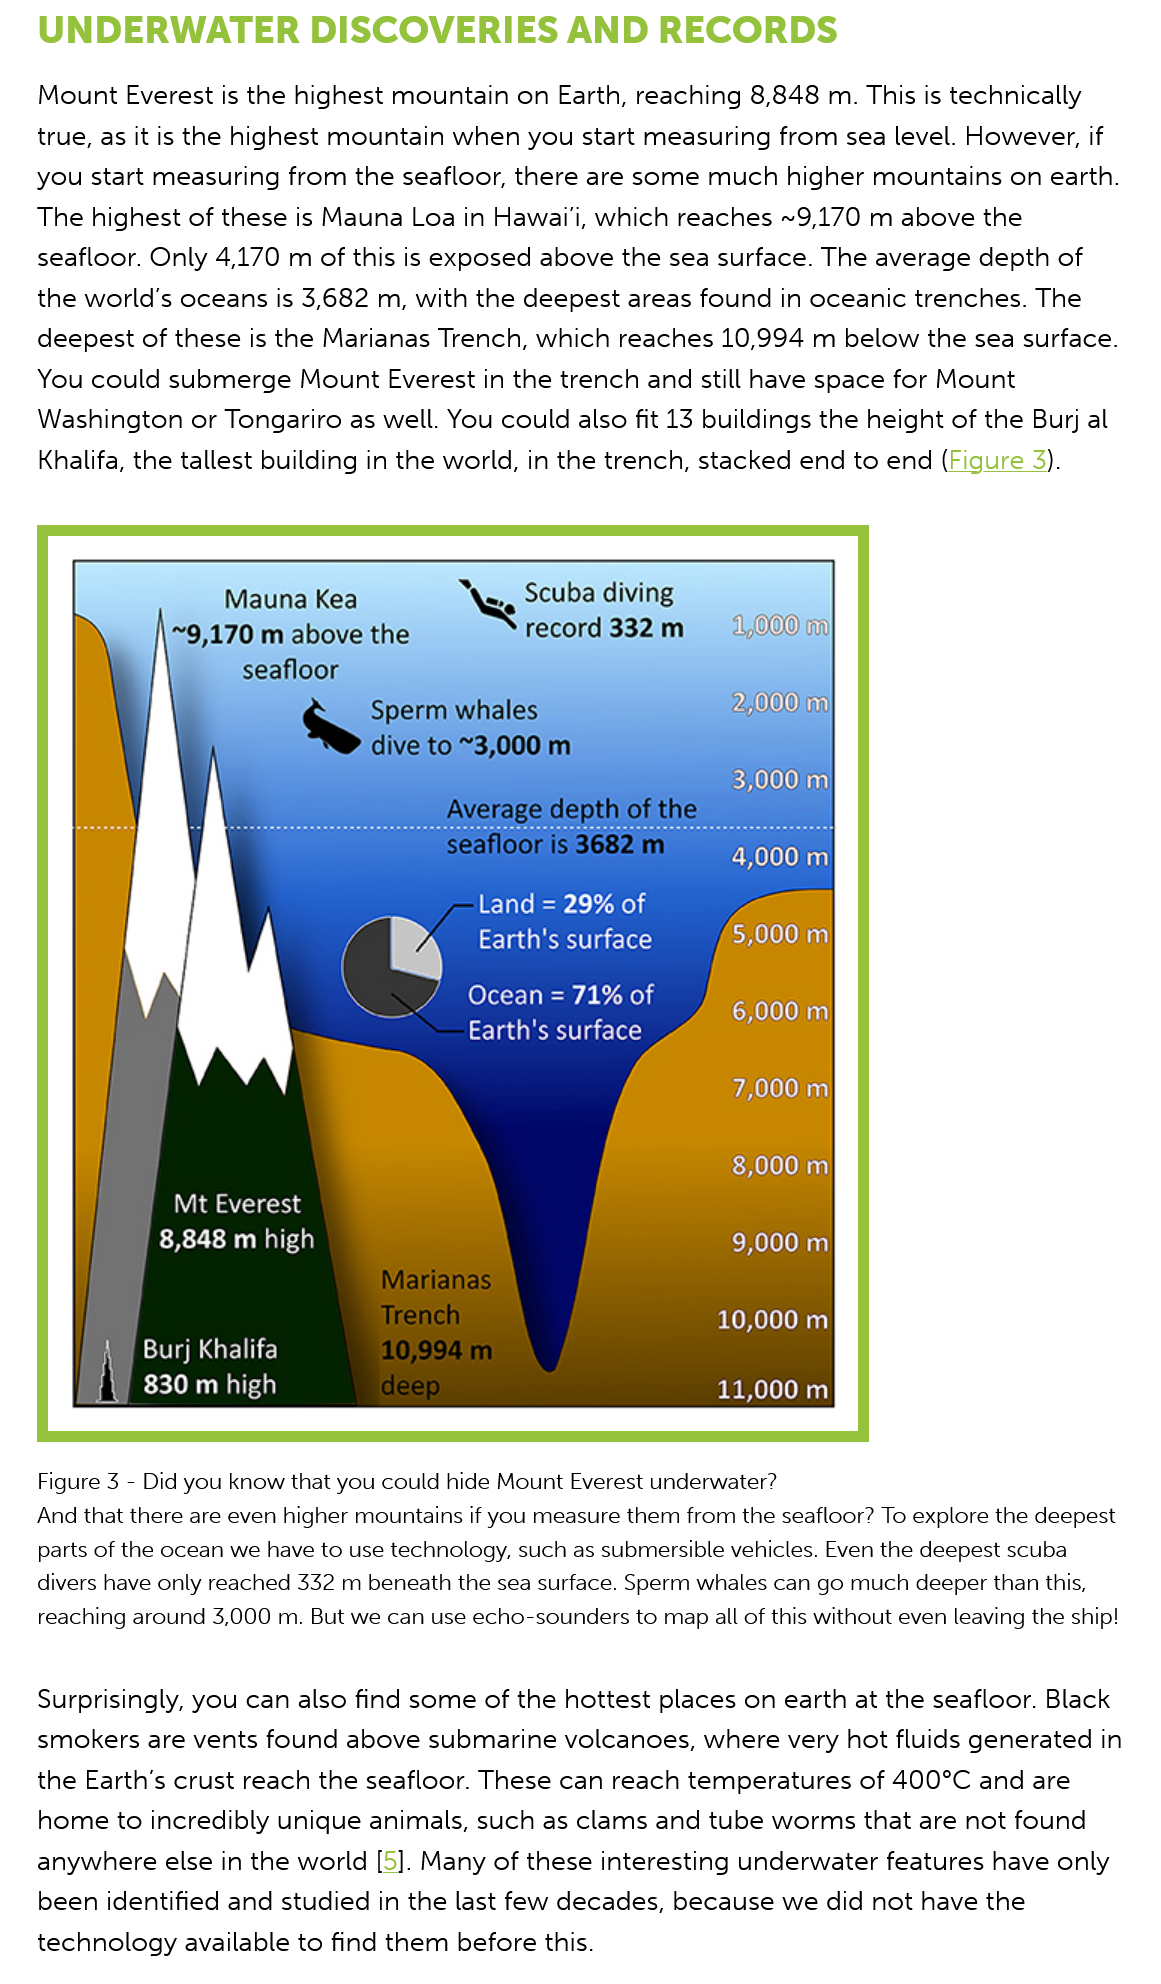
UNDERWATER    DISCOVERIES    AND    RECORDS
    Mount  Everest is the highest mountain on Earth, reaching 8,848 m. This is technically
   true, as it is the highest mountain when you start measuring from sea level. However, if
   you start measuring from  the seafloor, there are some much higher mountains on earth.
   The  highest of these is Mauna Loa in Hawai'i, which reaches ~9,170 m above the
   seafloor. Only 4,170 m of this is exposed above the sea surface. The average depth of
   the world’s oceans is 3,682 m, with the deepest areas found in oceanic trenches. The
   deepest  of these is the Marianas Trench, which reaches 10,994 m below the sea surface.
   You  could submerge  Mount Everest in the trench and still have space for Mount
   Washington   or Tongariro as well. You could also fit 13 buildings the height of the Burj al
    Khalifa, the tallest building in the world, in the trench, stacked end to end (Figure 3).
    Surprisingly, you can also find some of the hottest places on earth at the seafloor. Black
   smokers  are vents found above submarine  volcanoes, where  very hot fluids generated in
   the Earth’s crust reach the seafloor. These can reach temperatures of 400°C and are
    home to incredibly unique animals, such as clams and tube worms that are not found
   anywhere else  in the world [5]. Many of these interesting underwater features have only
    been identified and studied in the last few decades, because we did not have the
   technology available to find them before this.
    Figure 3
     -
     Did you know that you could hide Mount Everest underwater?
   And that there are even higher mountains if you measure them from the seafloor? To explore the deepest
    parts of the ocean we have to use technology, such as submersible vehicles. Even the deepest scuba
   divers have only reached 332 m beneath the sea surface. Sperm whales can go much deeper than this,
    reaching around 3,000 m. But we can use echo-sounders to map all of this without even leaving the ship!

     i
     Mauna  Kea    Nee
     Scuba diving
     ~9,170 m  above the    record 332 m
     seafloor
     Sperm whales    270. 00)im)
     dive to “3,000 m
     Land = 29%  of
     Earth's surface
     Ocean  = 71% of
     CLAS    le
     Mt  Everest
     eee seem  Aa)
     Burj Khalifa
     EST ma  aa)